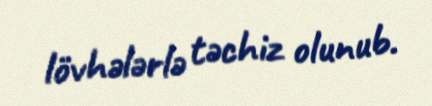
lövhələrlə təchiz olunub.